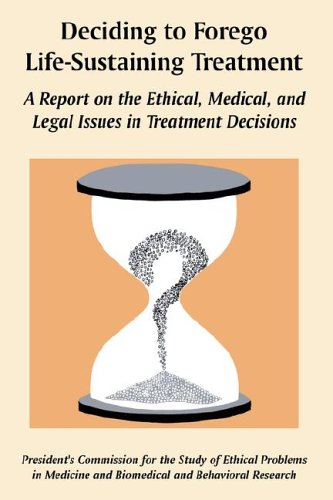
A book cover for Deciding to Forego Life-Sustaining Treatment: A Report on the Ethical, Medical, and Legal Issues in Treatment Decisions; U. S. Government; Law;